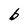
Character: b